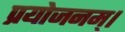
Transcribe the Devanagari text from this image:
प्रयोजनम्।